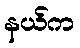
နယ်က